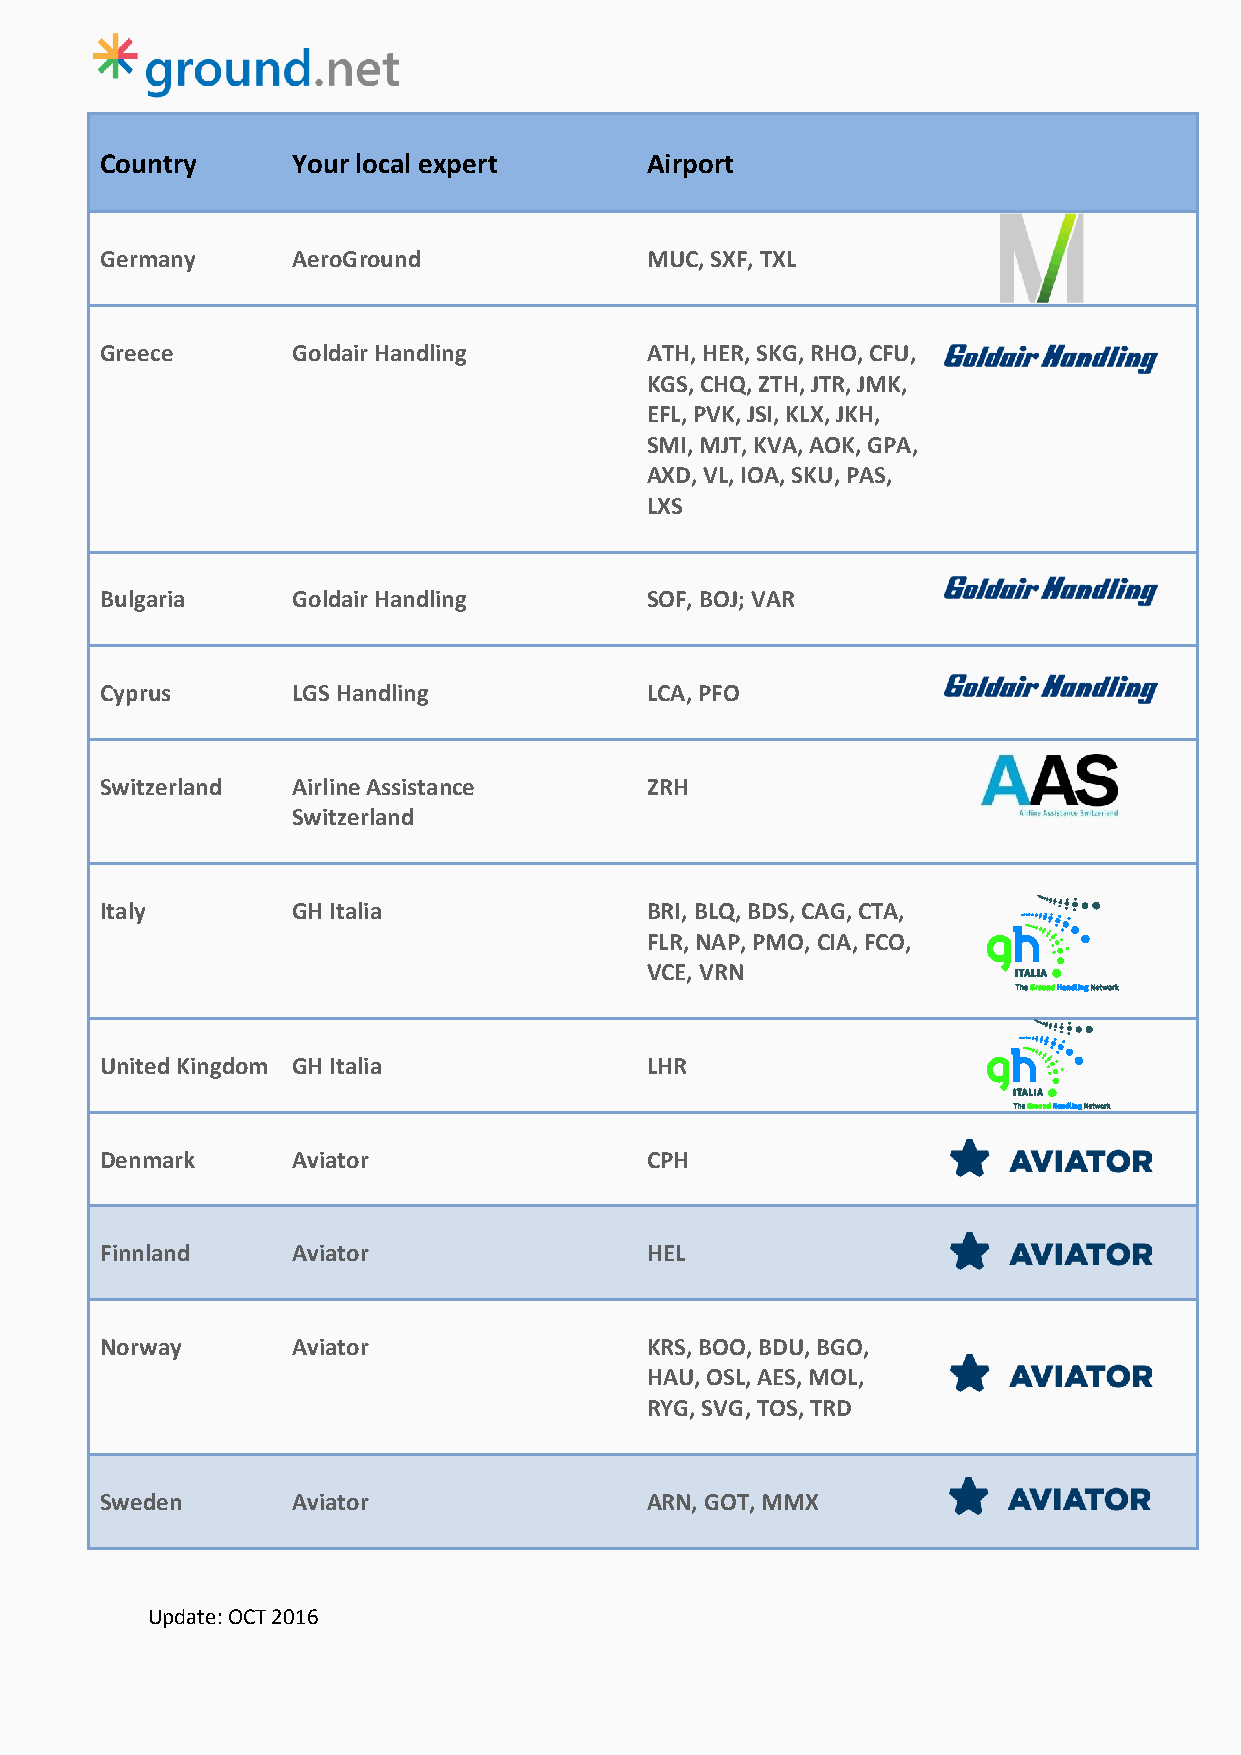
Country     Your local expert       Airport
 Germany     AeroGround              MUC, SXF, TXL
 Greece      Goldair Handling        ATH, HER, SKG, RHO, CFU,
 KGS, CHQ, ZTH, JTR, JMK,
 EFL, PVK, JSI, KLX, JKH,
 SMI, MJT, KVA, AOK, GPA,
 AXD, VL, IOA, SKU, PAS,
 LXS
 Bulgaria    Goldair Handling        SOF, BOJ; VAR
 Cyprus      LGS Handling            LCA, PFO
 Switzerland Airline Assistance      ZRH
 Switzerland
 Italy       GH Italia               BRI, BLQ, BDS, CAG, CTA,
 FLR, NAP, PMO, CIA, FCO,
 VCE, VRN
 United Kingdom GH Italia            LHR
 Denmark     Aviator                 CPH
 Finnland    Aviator                 HEL
 Norway      Aviator                 KRS, BOO, BDU, BGO,
 HAU, OSL, AES, MOL,
 RYG, SVG, TOS, TRD
 Sweden      Aviator                 ARN, GOT, MMX
 Update: OCT 2016